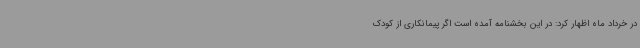
در خرداد ماه اظهار کرد: در این بخشنامه آمده است اگر پیمانکاری از کودک